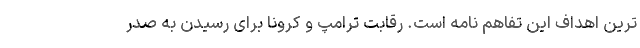
ترین اهداف این تفاهم نامه است. رقابت ترامپ و کرونا برای رسیدن به صدر